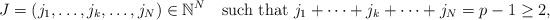
LaTeX: \begin{align*} J=\left(j_{1},\dots,j_{k},\dots,j_{N}\right)\in\mathbb{N}^{N}\quad\mbox{such that $j_{1}+\dots+j_{k}+\dots+j_{N}=p-1\geq 2$,}\end{align*}